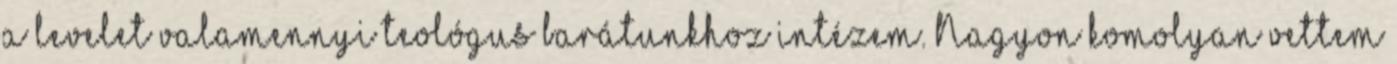
a levelet valamennyi teológus barátunkhoz intézem. Nagyon komolyan vettem